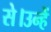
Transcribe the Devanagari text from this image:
से।उन्हें